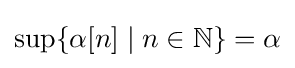
{\textrm {sup}}\{\alpha [n]\mid n\in \mathbb {N} \}=\alpha